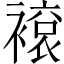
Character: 䙛